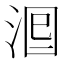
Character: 𣴵